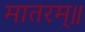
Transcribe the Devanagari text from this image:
मातरम्॥